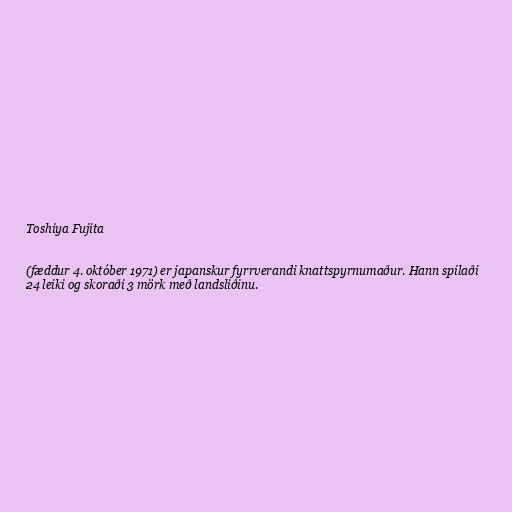
Toshiya Fujita

(fæddur 4. október 1971) er japanskur fyrrverandi knattspyrnumaður. Hann spilaði
24 leiki og skoraði 3 mörk með landsliðinu.